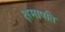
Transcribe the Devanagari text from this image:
क्षमापति